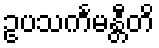
ဥပသင်္ကမန္တီတိ